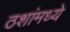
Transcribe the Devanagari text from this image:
ठशांमध्ये